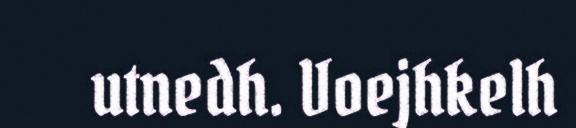
utnedh. Voejhkelh